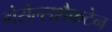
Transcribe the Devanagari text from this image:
गेसेल्सशैफटेन